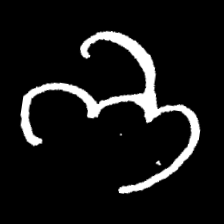
Pyu character \u2014 Myanmar letter: ဘ (romanized: bha)